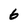
Character: 6